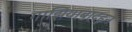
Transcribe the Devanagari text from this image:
गाझियाबादहून